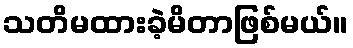
သတိမထားခဲ့မိတာဖြစ်မယ်။